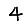
Digit: 4